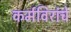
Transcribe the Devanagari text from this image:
कर्मविरांचे